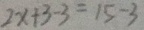
2 x + 3 - 3 = 1 5 - 3